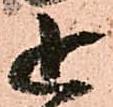
追